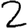
Digit: 2